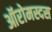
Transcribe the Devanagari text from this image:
ऑरोमस्दस